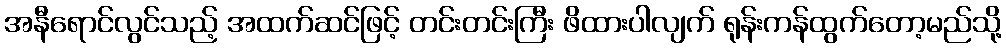
အနီရောင်လွင်သည့် အထက်ဆင်ဖြင့် တင်းတင်းကြီး ဖိထားပါလျက် ရုန်းကန်ထွက်တော့မည်သို့